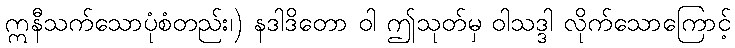
ဣနီသက်သောပုံစံတည်း၊) နဒါဒိတော ဝါ ဤသုတ်မှ ဝါသဒ္ဒါ လိုက်သောကြောင့်